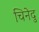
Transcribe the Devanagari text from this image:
चिनेदु